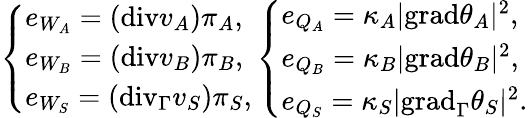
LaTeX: \left\{ \begin{array}{ll}{e_{W_{A}}=(\mathrm{{div}}v_{A})\pi_{A},}\\ {e_{W_{B}}=({\mathrm{div}}v_{B})\pi_{B},}\\ {e_{W_{S}}=(\mathrm{{div}}_{\Gamma}v_{S})\pi_{S},}\end{array}\right.\left\{ \begin{array}{ll}{e_{Q_{A}}=\kappa_{A}\vert{\mathrm{grad}}\theta_{A}\vert^{2},}\\ {e_{Q_{B}}=\kappa_{B}\vert\mathrm{{grad}}\theta_{B}\vert^{2},}\\ {e_{Q_{S}}=\kappa_{S}\vert{\mathrm{grad}}_{\Gamma}\theta_{S}\vert^{2}.}\end{array}\right.